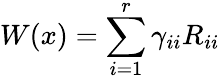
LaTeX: W(x)=\sum_{i=1}^{r}\gamma_{ii}R_{ii}